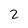
Character: 2